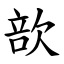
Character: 㰴